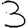
Digit: 3